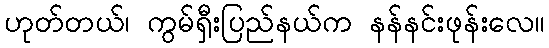
ဟုတ်တယ်၊ ကွမ်ရှီးပြည်နယ်က နန်နင်းဖုန်းလေ။